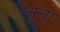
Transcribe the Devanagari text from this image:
रैतूना